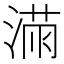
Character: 𱧼